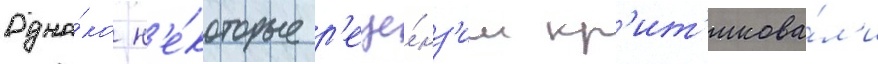
Одна́ко н'е́которые р'еце́нз'ии кр'ит'икова́л'и